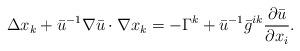
LaTeX: \begin{align*}\Delta x_k + \bar u^{-1} \nabla \bar u \cdot \nabla x_k = -\Gamma^k + \bar u^{-1} \bar g^{ik} \frac{\partial \bar u}{\partial x_i}.\end{align*}